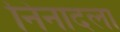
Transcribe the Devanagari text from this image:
निनादला